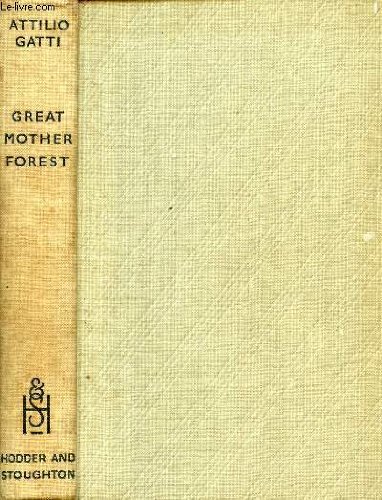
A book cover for Great mother forest; Attilio Gatti; Travel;